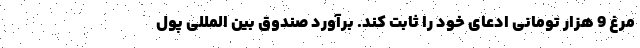
مرغ 9 هزار تومانی ادعای خود را ثابت کند. برآورد صندوق بین المللی پول